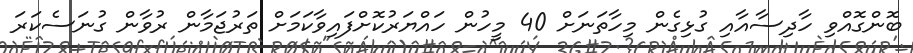
ބޮންގޮއްވި ހާދިސާއާއި ގުޅިގެން މިހާތަނަށް 40 މީހުން ހައްޔަރުކޮށްފައިވާކަމަށް ތަރުޖަމާން ރުވާން ގުނަސެކަރަ